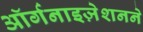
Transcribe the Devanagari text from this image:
ऑर्गनाइज़ेशनने